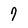
Character: 7